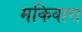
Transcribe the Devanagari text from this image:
मकिवारा